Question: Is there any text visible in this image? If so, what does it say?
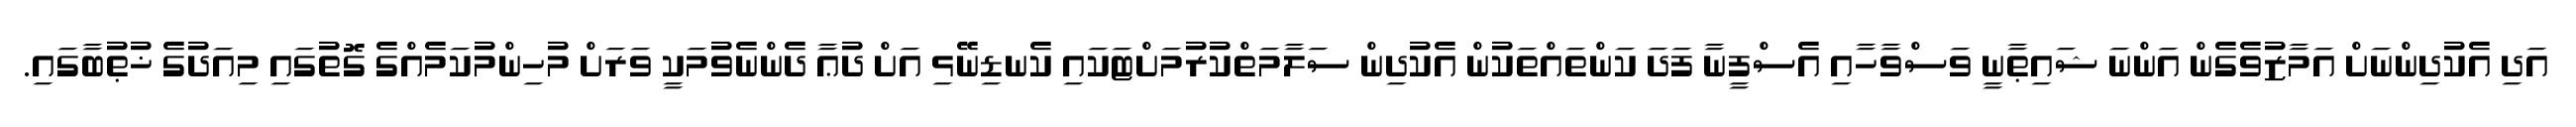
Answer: އަދި އެކުދިންނަށް އަމާޒުވެގެން އަންނަ ޝައިޠާނީ ވަސްވާހާއި އެސްފީނާ ފަދަ ކަންތައްތަކުން އެކުދިން ސަލާމަތްކުރުމަށްޓަކައި ކެނޑިނޭޅި އަށް ދުޢާ ދެންނެވުމަކީ ވަރަށް މުހިންމުކަމެއްގެ ގޮތުގައި މިއަދުގެ ޚުޠުބާގައި.